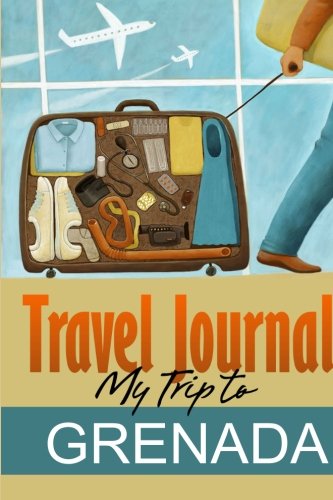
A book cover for Travel Journal: My Trip to Grenada; Travel Diary; Travel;